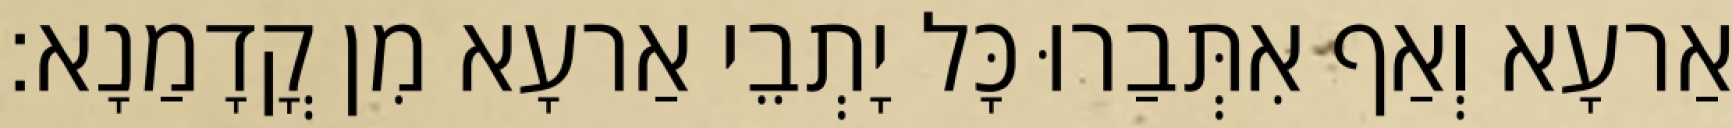
אַרעָא וְאַף אִתְּבַרוּ כָּל יָתְבֵי אַרעָא מִן קֳדָמַנָא׃